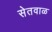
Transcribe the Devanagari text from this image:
सेतवाळ